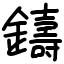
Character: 鑄